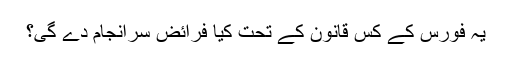
یہ فورس کے کس قانون کے تحت کیا فرائض سرانجام دے گی؟